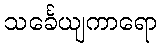
သင်္ခေယျကာရော